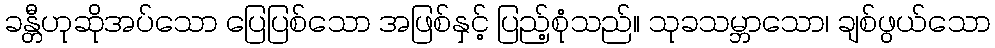
ခန္တီဟုဆိုအပ်သော ပြေပြစ်သော အဖြစ်နှင့် ပြည့်စုံသည်။ သုခသမ္ဘာသော၊ ချစ်ဖွယ်သော